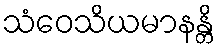
သံဝေသိယမာနန္တိ